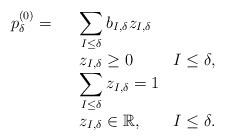
\begin{align*}\begin{array}{rllr}p_{\delta}^{(0)} = & & \displaystyle{\sum_{I \le \delta} b_{I,\delta} z_{I,\delta}}\\& & z_{I,\delta} \ge 0 & I \le \delta,\\&& \displaystyle{\sum_{I \le \delta} z_{I,\delta} =1}\\&& z_{I,\delta}\in \mathbb{R},\; & I\le \delta. \\\end{array}\end{align*}